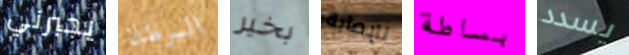
يجبرني السرطان بخير للإصابة بساطة يسدد